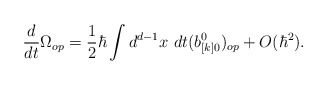
\begin{align*}{d\over dt} \Omega_{op} = {1\over 2}\hbar \int d^{d-1}x\ dt(b_{[k]0}^0)_{op}+O(\hbar^2).\end{align*}